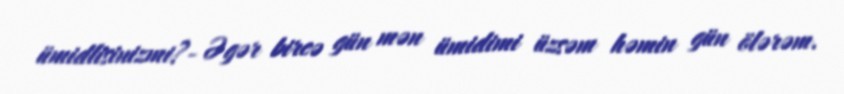
ümidlisinizmi?- Əgər bircə gün mən ümidimi üzsəm həmin gün ölərəm.